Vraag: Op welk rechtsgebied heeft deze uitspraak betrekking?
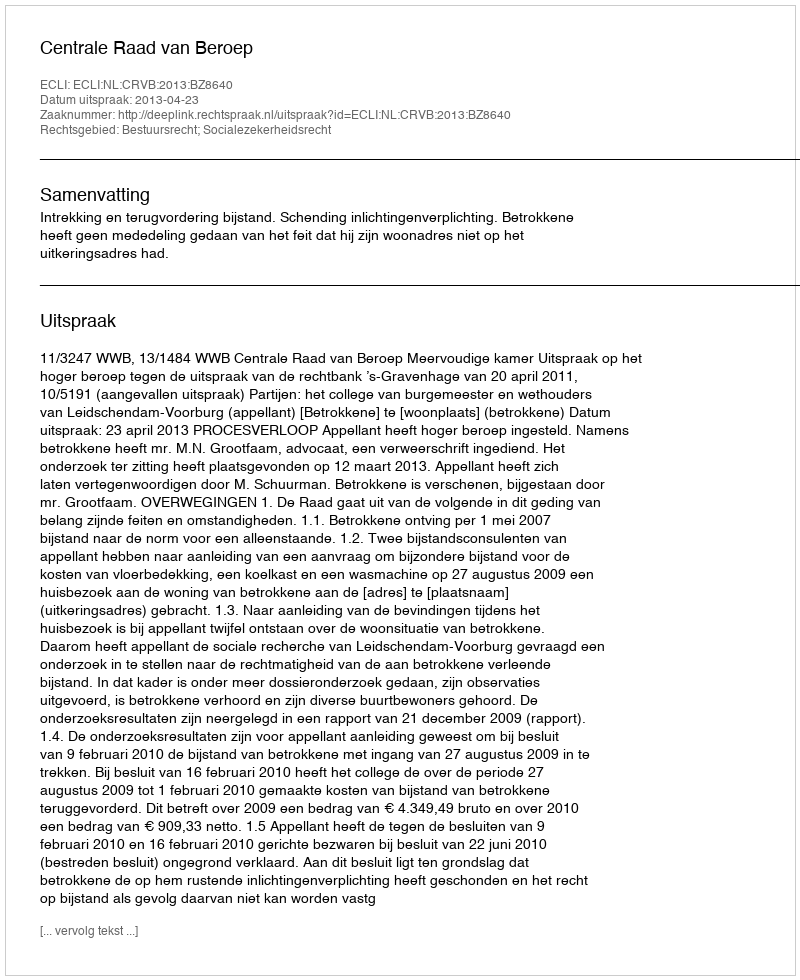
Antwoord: Bestuursrecht; Socialezekerheidsrecht